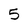
Character: 5